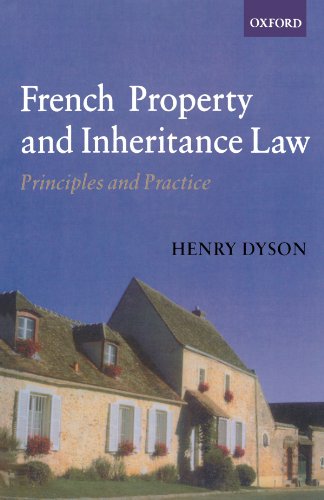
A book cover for French Property and Inheritance Law: Principles and Practice; Henry Dyson; Law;